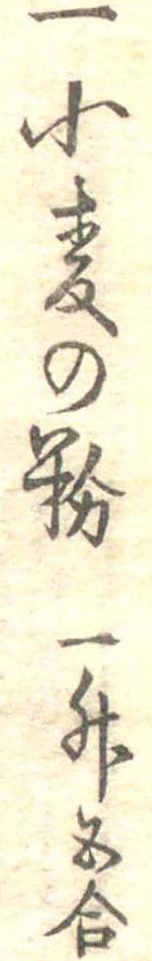
一小麦の粉一升五合